Madras plague regulations in force outside the Presidency town - Volume 6
Disease focus: Plague
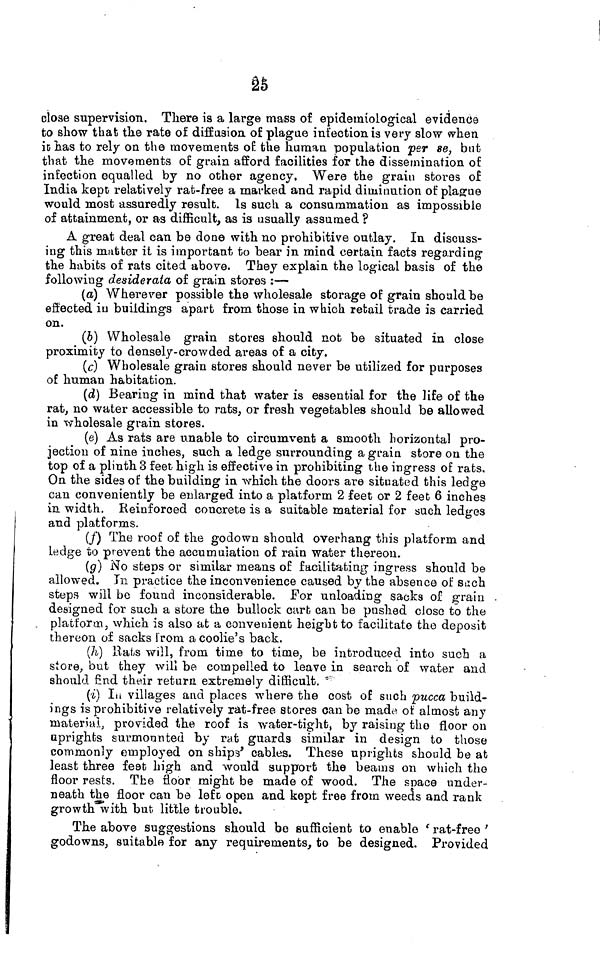
25
close supervision. There is a large mass of epidemiological evidence
to show that the rate of diffusion of plague infection is very slow when
it has to rely on the movements of. the human population per se, but
that the movements of grain afford facilities for the dissemination of
infection equalled by no other agency, Were the grain stores of
India kept relatively rat-free a marked and rapid diminution of plague
would most assuredly result. Is such a consummation as impossible
of attainment, or as difficult, as is usually assumed ?
A great deal can be done with no prohibitive outlay. In discuss-
ing this matter it is important to bear in mind certain facts regarding
the habits of rats cited above. They explain the logical basis of the
following desiderata of grain stores :—
(a) Wherever possible the wholesale storage of grain should be
effected in buildings apart from those in which retail trade is carried
on.
(b) Wholesale grain stores should not be situated in close
proximity to densely-crowded areas of a city.
(c) Wholesale grain stores should never be utilized for purposes
of human habitation.
(d) Bearing in mind that water is essential for the life of the
rat, no water accessible to rats, or fresh vegetables should be allowed
in wholesale grain stores.
(e) As rats are unable to circumvent a smooth horizontal pro-
jection of nine inches, such a ledge surrounding a grain store on the
top of a plinth 3 feet high is effective in prohibiting the ingress of rats.
On the sides of the building in which the doors are situated this ledge
can conveniently be enlarged into a platform 2 feet or 2 feet 6 inches
in width. Reinforced concrete is a suitable material for such ledges
and platforms.
(f) The roof of the godown should overhang this platform and
ledge to prevent the accumulation of rain water thereon.
(g) No steps or similar means of facilitating ingress should be
allowed. In practice the inconvenience caused by the absence of such
steps will be found inconsiderable. For unloading sacks of grain -
designed for such a store the bullock cart can be pushed close to the
. platform, which is also at a convenient height to facilitate the deposit
thereon of sacks from a coolie's back.
(h) Hats will, from time to time, be introduced into such a
store, but they will be compelled to leave in search of water and
should find their return extremely difficult.
(i) In villages and places where the cost of such pucca build-
ings is prohibitive relatively rat-free stores can be made of almost any
material, provided the roof is water-tight, by raising the floor on
uprights summmounted by rat guards similar in design to those
commonly employed on ship' cables. These uprights should be at
least three fest high and would support the beams on which the
floor rests. The floor might be made of wood. The space under-
neath the floor can be left open and kept free from weeds and rank
growth with but little trouble.
The above suggestions should be sufficient to enable 'rat-free'
godowns, suitable for any requirements, to be designed. Provided